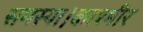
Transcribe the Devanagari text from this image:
समस्या।काश्मीर